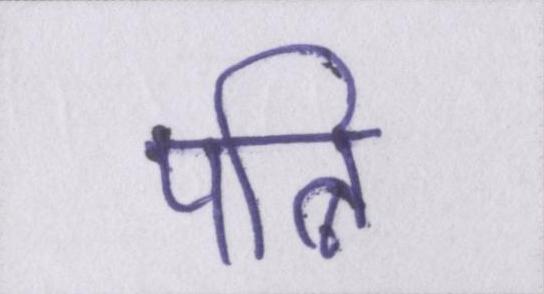
पत्नि